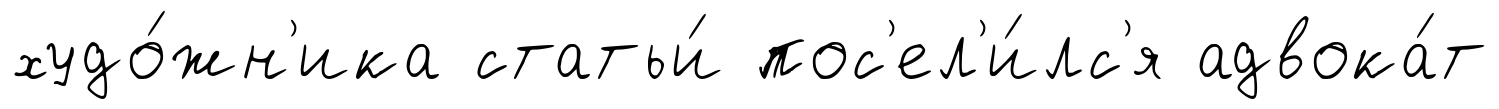
худо́жн'ика статьи́ пос'ел'и́лс'я адвока́т